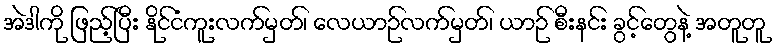
အဲဒါကို ဖြည့်ပြီး နိုင်ငံကူးလက်မှတ်၊ လေယာဉ်လက်မှတ်၊ ယာဉ် စီးနင်း ခွင့်တွေနဲ့ အတူတူ